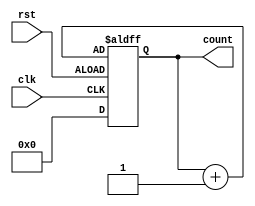
`timescale 1ns / 1ps
module up_down_counter (
  input wire clk,       
  input wire rst,       
  output [3:0] count 
);
reg [3:0] count_reg, count_next;
always @(posedge clk or posedge rst) begin
  if (~rst) begin
    count_reg <= 'b0; 
  end else
  count_reg<=count_next;
  end
  always @(count_reg)begin
  count_next = count_reg+1;
end
assign count= count_reg;
endmodule